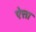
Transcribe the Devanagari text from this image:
ऐत्ता